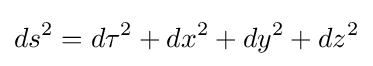
ds^{2}=d\tau ^{2}+dx^{2}+dy^{2}+dz^{2}